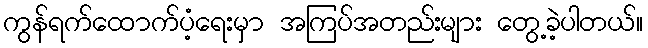
ကွန်ရက်ထောက်ပံ့ရေးမှာ အကြပ်အတည်းများ တွေ့ခဲ့ပါတယ်။